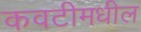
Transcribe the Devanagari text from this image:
कवटीमधील